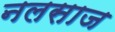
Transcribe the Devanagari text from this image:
नलसाज